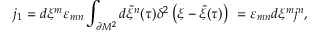
j _ { 1 } = d \xi ^ { m } \varepsilon _ { m n } \int _ { \partial { \cal M } ^ { 2 } } d { \tilde { \xi } } ^ { n } ( \tau ) \delta ^ { 2 } \left( \xi - { \tilde { \xi } } ( \tau ) \right) ~ = \varepsilon _ { m n } d \xi ^ { m } j ^ { n } , \qquad